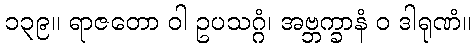
၁၃၉။ ရာဇတော ဝါ ဥပသဂ္ဂံ၊ အဗ္ဘက္ခာနံ ဝ ဒါရုဏံ။